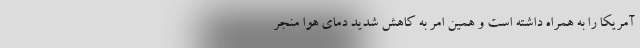
آمریکا را به همراه داشته است و همین امر به کاهش شدید دمای هوا منجر